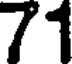
71